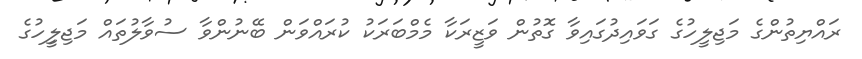
ރައްޔިތުންގެ މަޖިލީހުގެ ގަވައިދުގައިވާ ގޮތުން ވަޒީރަކާ މެމްބަރަކު ކުރައްވަން ބޭނުންވާ ސުވާލުތައް މަޖިލީިހުގެ